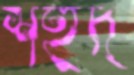
শহুদ